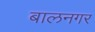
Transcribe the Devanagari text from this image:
बालनगर